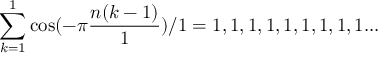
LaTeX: \sum _ { k = 1 } ^ { 1 } \cos ( - \pi { \frac { n ( k - 1 ) } { 1 } } ) / 1 = 1 , 1 , 1 , 1 , 1 , 1 , 1 , 1 , 1 . . .